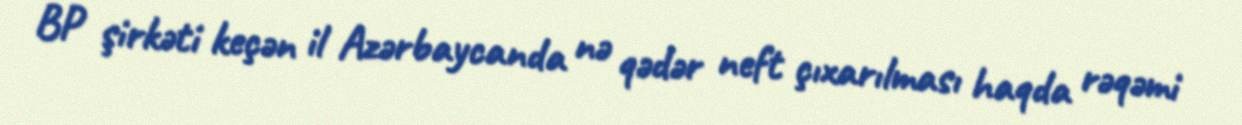
BP şirkəti keçən il Azərbaycanda nə qədər neft çıxarılması haqda rəqəmi